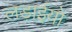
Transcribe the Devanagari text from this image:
लड़ाईयो